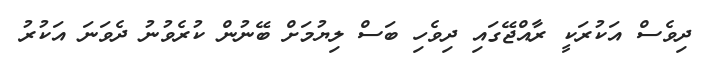
ދިވެސް އަކުރަކީ ރާއްޖޭގައި ދިވެހި ބަސް ލިޔުމަށް ބޭނުން ކުރެވުނު ދެވަނަ އަކުރު